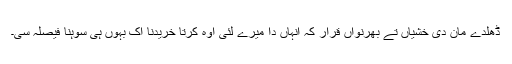
ڈھلدے مان دی خشیاں تے بھرنواں قرار کہ انہاں دا میرے لئی اوہ کُرتا خریدنا اک بہوں ہی سوہنا فیصلہ سی۔